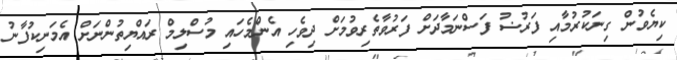
ކިޔެވުން ގިނަކުރުމާއި ފަރުޟު ފަސްނަމާދަށް ފަރުވާތެރިވުމަށް ދިވެހި އެންމެހައި މުސްލިމް ރައްޔިތުންނަށް އެމަނިކުފާނު